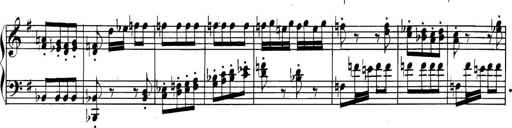
Title: Collected Piano Sonatas
Composer: Muzio Clementi